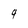
Character: 9